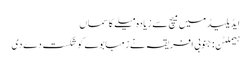
ایڈیلیڈ میں میچ سے زیادہ میلے کا سماں
ہیملٹن: جنوبی افریقہ نے زمبابوے کو شکست دے دی